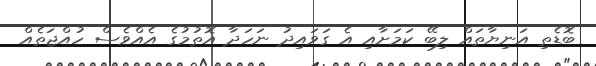
ބޮޑެތި އަނިޔާތައް ލިބޭ ކަމަށާއި އެ ގަވައިދު ނަހަދާ އޮތުމުގެ އެއްވެސް ހުއްޖަތެއް